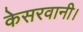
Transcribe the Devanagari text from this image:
केसरवानी।